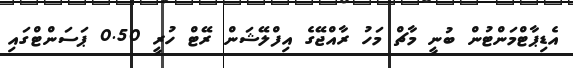
އެޑިޕާޓްމަންޓުން ބުނީ މާޗް މަހު ރާއްޖޭގެ އިފްލޭޝަން ރޭޓް ހުރީ 0.50 ޕަސަންޓްގައި